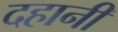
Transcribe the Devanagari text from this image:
दहानी